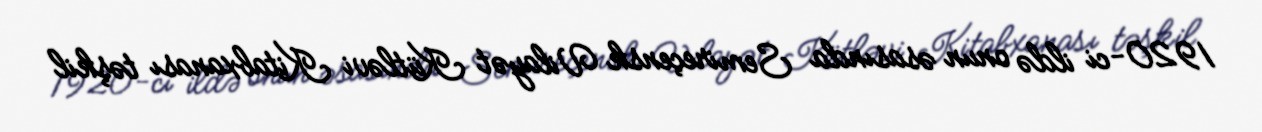
1920-ci ildə onun əsasında Semireçensk Vilayət Kütləvi Kitabxanası təşkil